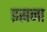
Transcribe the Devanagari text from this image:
इसना